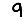
Digit: 9